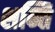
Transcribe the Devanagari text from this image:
शन्ति